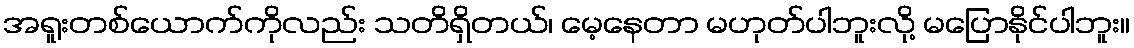
အရူးတစ်ယောက်ကိုလည်း သတိရှိတယ်၊ မေ့နေတာ မဟုတ်ပါဘူးလို့ မပြောနိုင်ပါဘူး။